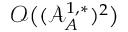
\mathcal { O } \big ( ( \mathcal { A } _ { A } ^ { 1 , * } ) ^ { 2 } \big )